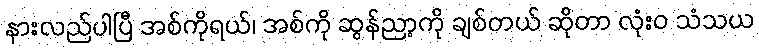
နားလည်ပါပြီ အစ်ကိုရယ်၊ အစ်ကို ဆွန်ညာ့ကို ချစ်တယ် ဆိုတာ လုံးဝ သံသယ